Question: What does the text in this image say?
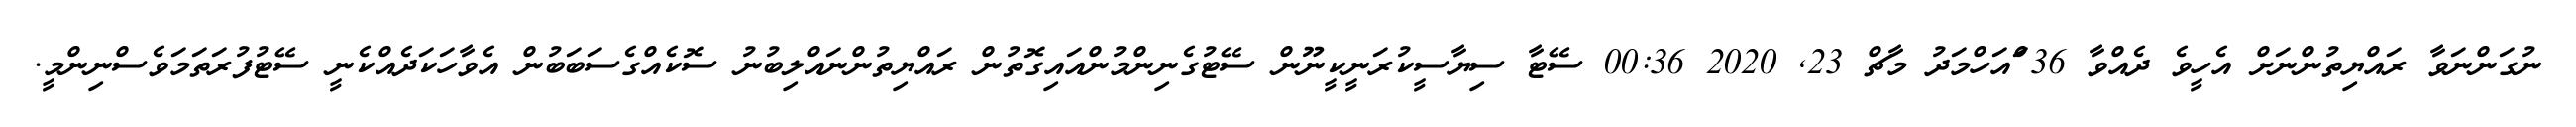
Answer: ނުގަންނަވާ ރައްޔިތުންނަށް އެހީވެ ދެއްވާ 36 ްައަހްމަދު މާޗް 23, 2020 00:36 ސޭޓާ ސިޔާސީކުރަނީކީނޫން ސޭޓުގެނިންމުންއައިގޮތުން ރައްޔިތުންނައްލިބުނު ސޮކެއްގެސަބަބުން އެވާހަކަދެއްކެނީ ސޭޓުފުރަތަމަވެސްނިންމީ.